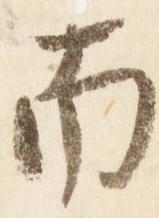
南